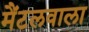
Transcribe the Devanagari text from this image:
मैंटलवाला